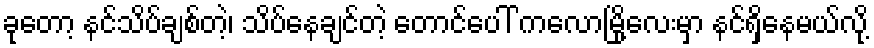
ခုတော့ နင်သိပ်ချစ်တဲ့၊ သိပ်နေချင်တဲ့ တောင်ပေါ် ကလောမြို့လေးမှာ နင်ရှိနေမယ်လို့